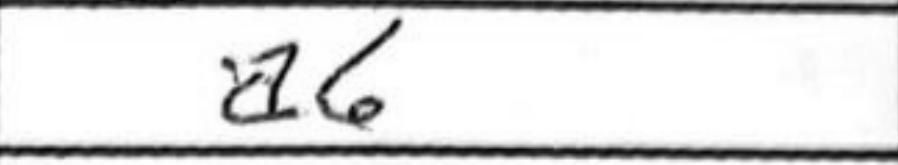
Transcription: a6